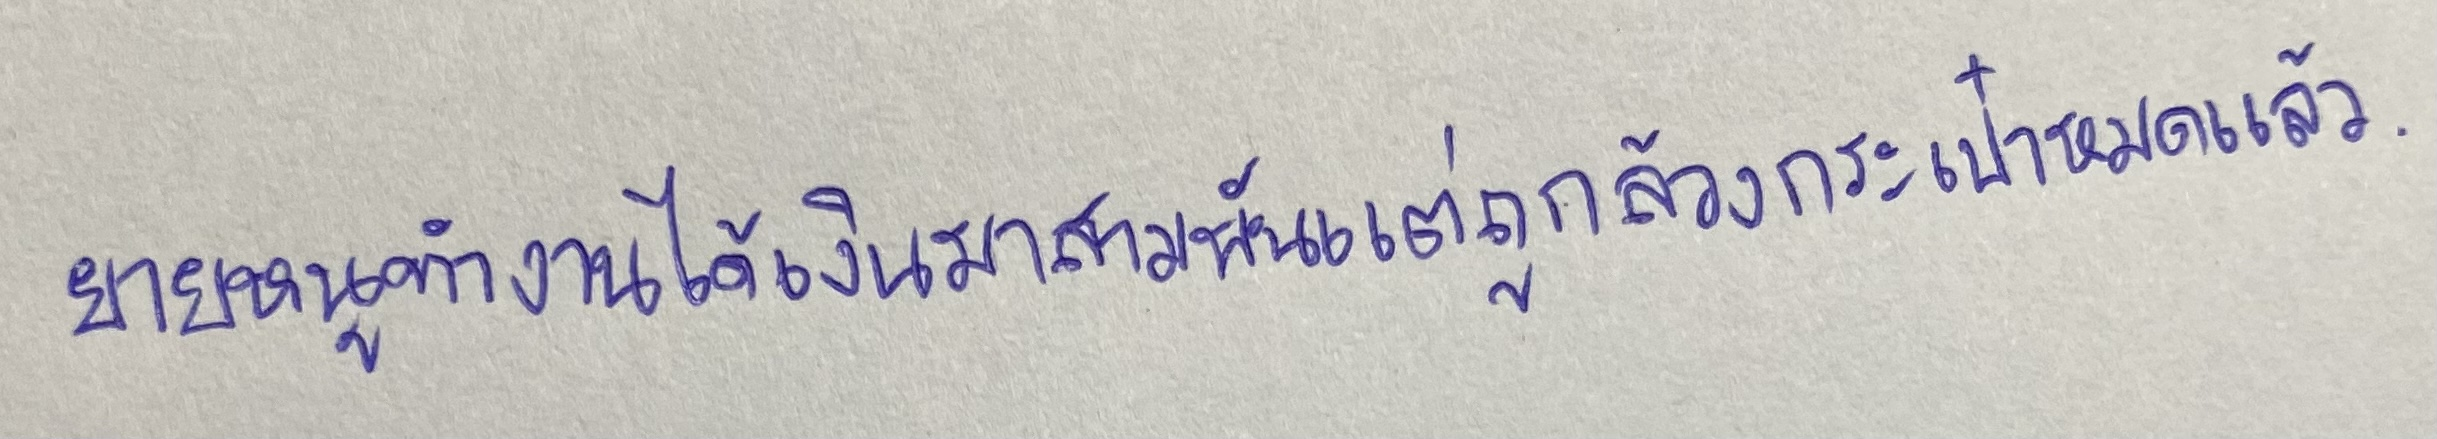
ยายหนูทำงานได้เงินมาสามพันแต่ถูกล้วงกระเป๋าหมดแล้ว